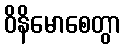
ဝိနိမောစေတွာ